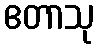
ဧတာသု